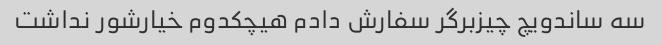
سه ساندویچ چیزبرگر سفارش دادم هیچکدوم خیارشور نداشت